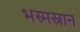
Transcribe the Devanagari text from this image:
भस्मस्नान